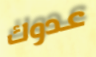
عدوك